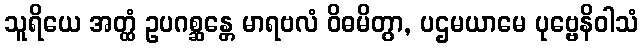
သူရိယေ အတ္ထံ ဥပဂစ္ဆန္တေ မာရဗလံ ဝိဓမိတွာ, ပဌမယာမေ ပုဗ္ဗေနိဝါသံ